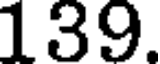
139.